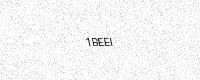
Text: 1BEEI